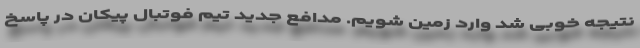
نتیجه خوبی شد وارد زمین شویم. مدافع جدید تیم فوتبال پیکان در پاسخ